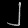
Digit: ၂